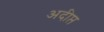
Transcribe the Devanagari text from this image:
अदीप्त